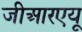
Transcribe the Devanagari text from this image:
जीआरएयू